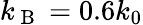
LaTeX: k_{\mathrm{~B~}}=0.6k_{0}